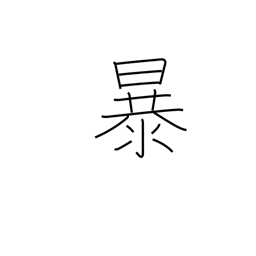
Meaning: rave